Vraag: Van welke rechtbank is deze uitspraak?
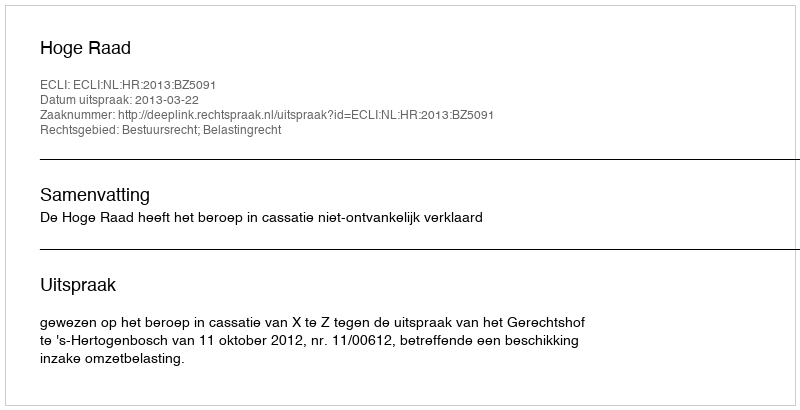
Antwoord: Hoge Raad